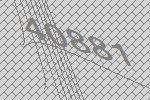
40881